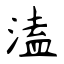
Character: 溘